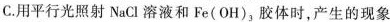
C.用平行光照射NaCl溶液和Fe(OH)_{3}，胶体时，产生的现象